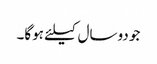
جو دوسال کیلئے ہوگا۔